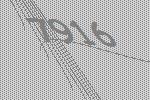
7916